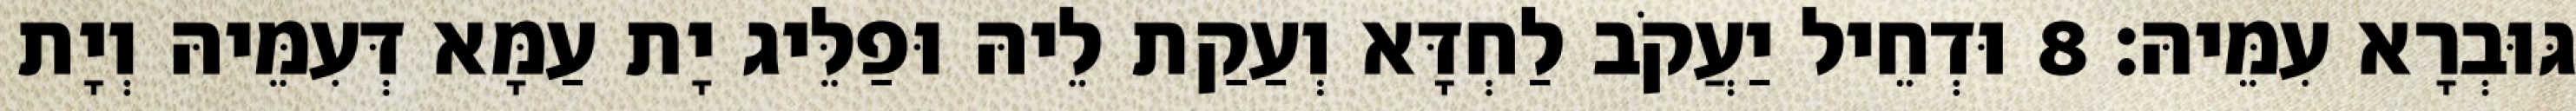
גּוּבְרָא עִמֵּיהּ׃ 8 וּדְחֵיל יַעֲקֹב לַחְדָּא וְעַקַת לֵיהּ וּפַלֵּיג יָת עַמָּא דְּעִמֵּיהּ וְיָת